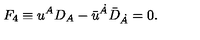
F _ { 4 } \equiv { u } ^ { A } D _ { A } - { \bar { u } } ^ { \dot { A } } { \bar { D } } _ { \dot { A } } = 0 .